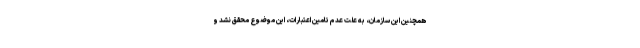
همچنین این سازمان، به علت عدم تامین اعتبارات، این موضوع محقق نشد و